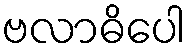
ဗလာဓိပေါ